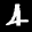
Label: 4